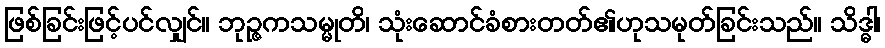
ဖြစ်ခြင်းဖြင့်ပင်လျှင်။ ဘုဉ္ဇကသမ္မုတိ၊ သုံးဆောင်ခံစားတတ်၏ဟုသမုတ်ခြင်းသည်။ သိဒ္ဓါ၊